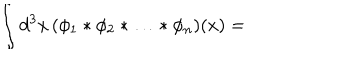
\int d ^ { 3 } x \, ( \phi _ { 1 } * \phi _ { 2 } * \ldots * \phi _ { n } ) ( x ) =